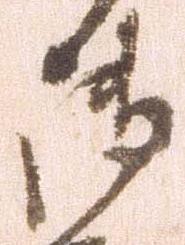
御